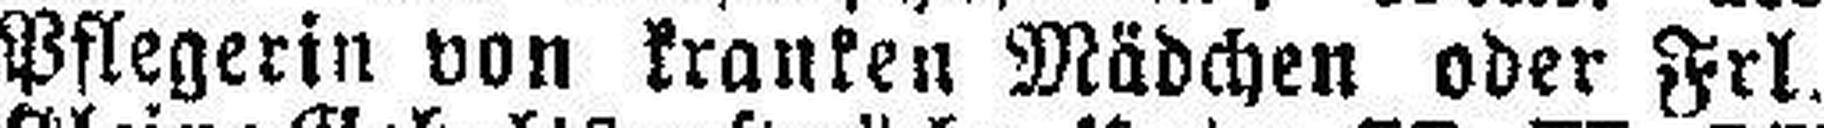
Pflegerin von kranken Mädchen oder Frl.